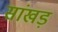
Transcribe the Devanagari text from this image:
सांखड़